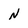
Character: N